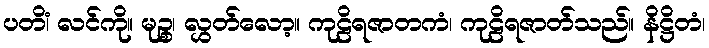
ပတိံ၊ လင်ကို။ မုဉ္စ၊ လွှတ်လော့။ ကုဠိရဇာတကံ၊ ကုဠိရဇာတ်သည်။ နိဋ္ဌိတံ၊